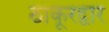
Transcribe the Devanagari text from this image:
ठाकूरद्वार